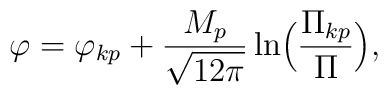
\varphi={\varphi_{kp}}+\frac{M_{p}}{\sqrt{12\pi}}\ln \Bigl(\frac{{\Pi}_{kp}}{\Pi} \Bigr),